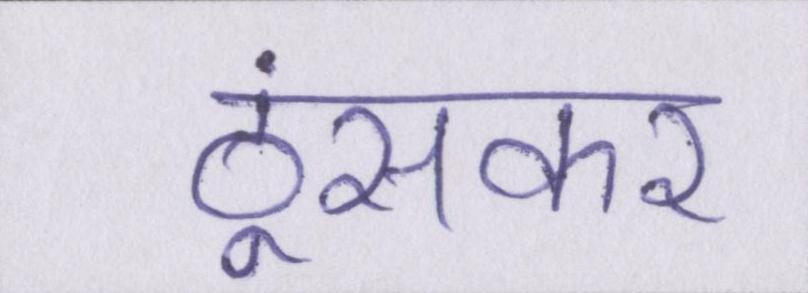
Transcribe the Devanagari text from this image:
ठूंसकर